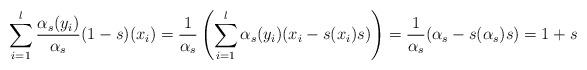
LaTeX: \begin{align*}\sum_{i = 1}^l \frac{\alpha_s(y_i)}{\alpha_s}(1 - s)(x_i) = \frac{1}{\alpha_s}\left(\sum_{i = 1}^l \alpha_s(y_i)(x_i - s(x_i)s)\right) = \frac{1}{\alpha_s}(\alpha_s - s(\alpha_s)s) = 1 + s\end{align*}